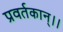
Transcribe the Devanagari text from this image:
प्रवर्तकान्।।